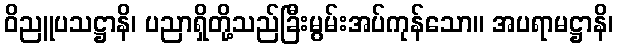
ဝိညူပသဋ္ဌာနိ၊ ပညာရှိတို့သည်ခြီးမွမ်းအပ်ကုန်သော။ အပရာမဋ္ဌာနိ၊